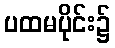
ပထမပိုင်း၌